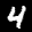
Label: 4